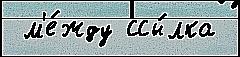
 м'е́жду ссы́лка